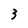
Character: 3